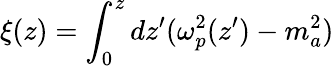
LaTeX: \xi(z)=\int_{0}^{z}dz^{\prime}(\omega_{p}^{2}(z^{\prime})-m_{a}^{2})